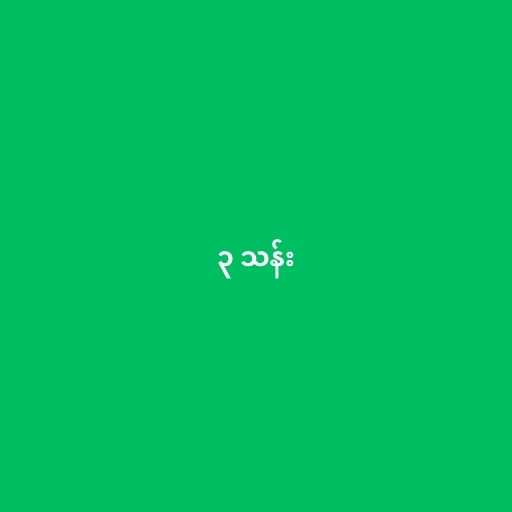
၃ သန်း